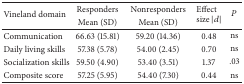
<table><thead><tr><td rowspan="2"><b>Vineland domain</b></td><td><b>Responders</b></td><td><b>Nonresponders</b></td><td rowspan="2"><b>Effect size |<i>d</i>|</b></td><td rowspan="2"><b><i>P</i></b></td></tr><tr><td><b>Mean (SD)</b></td><td><b>Mean (SD)</b></td></tr></thead><tbody><tr><td>Communication</td><td>66.63 (15.81)</td><td>59.20 (14.36)</td><td>0.48</td><td>ns</td></tr><tr><td>Daily living skills</td><td>57.38 (5.78)</td><td>54.00 (2.45)</td><td>0.70</td><td>ns</td></tr><tr><td>Socialization skills</td><td>59.50 (4.90)</td><td>53.40 (3.51)</td><td>1.37</td><td>.03</td></tr><tr><td>Composite score</td><td>57.25 (5.95)</td><td>54.40 (7.30)</td><td>0.44</td><td>ns</td></tr></tbody></table>